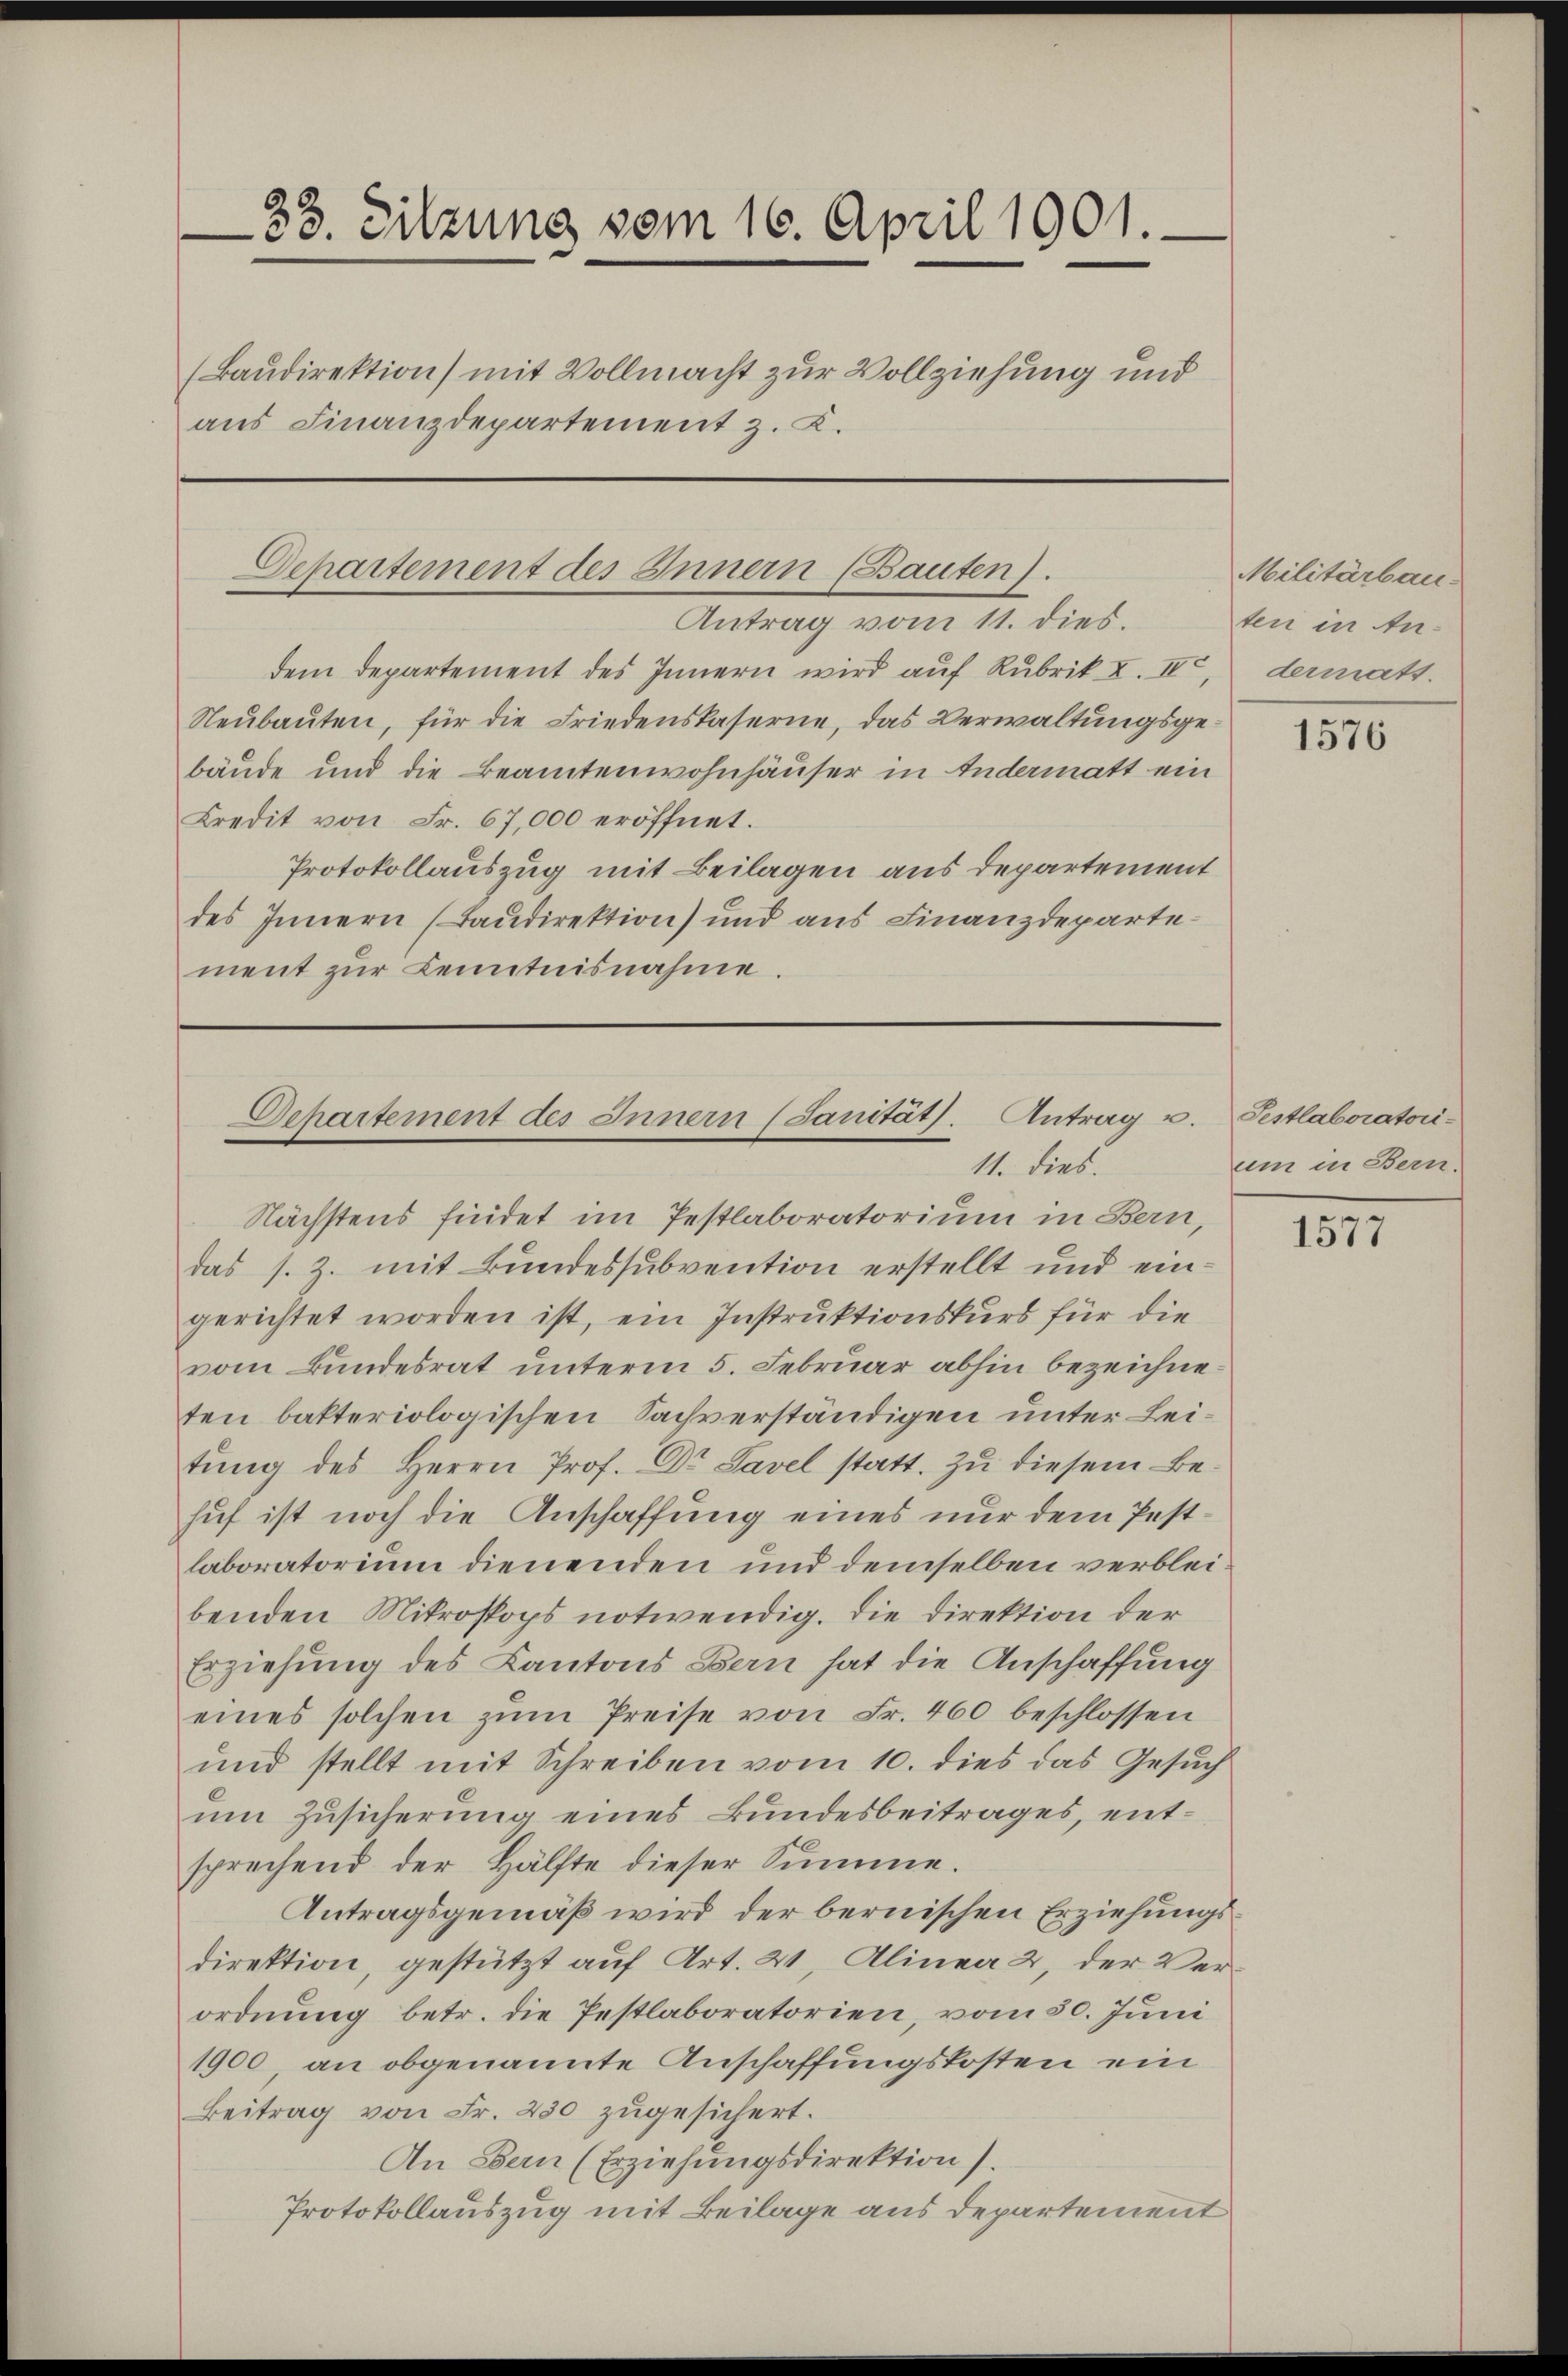
33. Sitzung vom 16. April 1901.
(Baudirektion) mit Vollmacht zur Vollziehung und
aus Finanzdepartement z. B.

Departement des Innern (Bauten).

Antrag vom 11. dies.
dem Departement des Innern wird auf Rubrik I. II,
Neubauten, für die Friedenskaserne, das Verwaltungsgebäude und die Beamtenwohnhäuser in Andermatt ein
Credit von Fr. 67,000 eröffnet.
Protokollauszug mit Beilagen aus departement
des Innern (Baudirektion) und aus Finanzdeparte
ment zŭr Kenntnisnahme.

Departement des Innern (Sanität. Antrag u.
11. dies.

Nächstens findet im Pestlaboratorium in Bern,
das s. Z. mit Bundessubvention erstellt und eingerichtet worden ist, ein Instruktionskurs für die
vom Bundesrat unterm 5. Februar abhin bezeichne
ten bakteriologischen Sachverständigen unter Leitŭng des Herrn Prof. Dr. Savel statt. Zu diesem Be-
huf ist noch die Anschaffung eines nur dem Pestlaboratorium dienenden und demselben verbleibenden Mikroskops notwendig. Die Direktion der
Erziehung des Kantons Bern hat die Anschaffung
eines solchen zŭm Preise von Fr. 460 beschlossen
und stellt mit Schreiben vom 10. dies das Gesuch
um Zusicherung eines Bundesbeitrages, entsprechend der Hälfte dieser Summe.
Antragsgemäß wird der bernischen Erziehungsdirektion, gestützt auf Art. 21, Alinea 2, der Verordnung betr. die Pestlaboratorien, vom 30. Juni
1900, an obgenannte Anschaffungskosten ein
Beitrag von Fr. 250 zugesichert.
An Bern (Erziehungsdirektion).
Protokollauszug mit Beilage aus Departement

Militärbau.
ten in Andermatt.

1576

Festlaboratorium in Bern.

1577